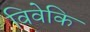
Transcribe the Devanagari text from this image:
विवेकि